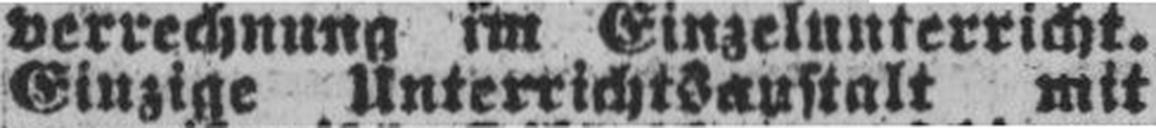
Einzige Unterrichtsanstalt mit